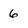
Character: 6